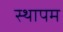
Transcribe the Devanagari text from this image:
स्थापम